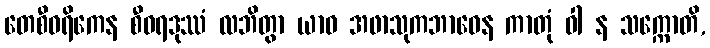
တေစီဝရိကေန စီဝရဒုဿံ လဘိတွာ ယာဝ အဖာသုကဘာဝေန ကာတုံ ဝါ န သက္ကောတိ,